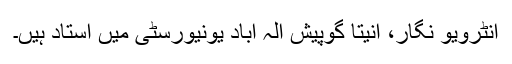
انٹرویو نگار، انیتا گوپیش الہ آباد یونیورسٹی میں استاد ہیں۔